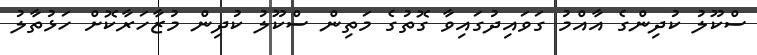
ސްކޫލު ކުދިންގެ އާއްމު ގަވައިދުގައިވާ ގޮތުގެ މަތިން ސްކޫލު ކުދިން މުޒާހަރާކޮށް ހަޅުތާލު